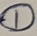
Text: 1